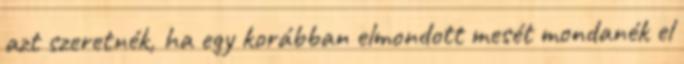
azt szeretnék, ha egy korábban elmondott mesét mondanék el